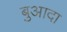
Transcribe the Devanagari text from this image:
बुआदा